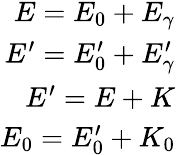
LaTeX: \begin{array}{r}{E=E_{0}+E_{\gamma}}\\ {E^{\prime}=E_{0}^{\prime}+E_{\gamma}^{\prime}}\\ {E^{\prime}=E+K}\\ {E_{0}=E_{0}^{\prime}+K_{0}}\end{array}